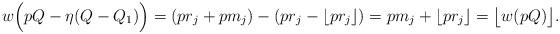
LaTeX: \begin{align*}w\Big(pQ-\eta(Q-Q_1)\Big)=(pr_j+pm_j)-(pr_j-\lfloor pr_j\rfloor)=pm_j+\lfloor pr_j\rfloor=\big\lfloor w(pQ)\big\rfloor.\end{align*}